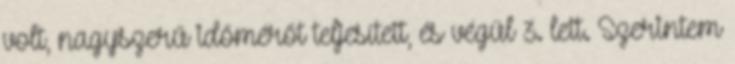
volt, nagyszerű időmérőt teljesített, és végül 3. lett. Szerintem